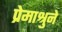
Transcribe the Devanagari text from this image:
प्रेमाश्रुने